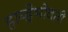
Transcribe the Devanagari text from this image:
हाय्ड्रेभोवती